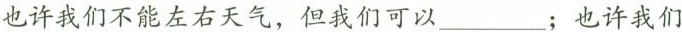
也许我们不能左右天气，但我们可以___；也许我们